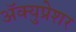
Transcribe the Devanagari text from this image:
अॅक्युप्रेशर